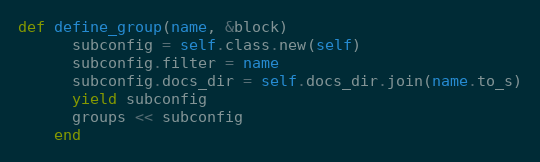
Language: Ruby
def define_group(name, &block)
      subconfig = self.class.new(self)
      subconfig.filter = name
      subconfig.docs_dir = self.docs_dir.join(name.to_s)
      yield subconfig
      groups << subconfig
    end